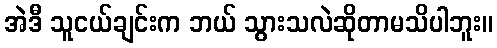
အဲဒီ သူငယ်ချင်းက ဘယ် သွားသလဲဆိုတာမသိပါဘူး။